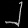
Digit: ၂